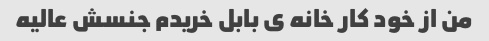
من از خود کار خانه ی بابل خریدم جنسش عالیه